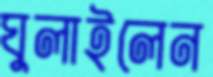
ঘুলাইলেন